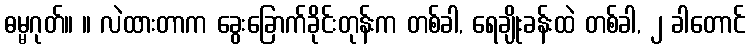
ဓမ္မဂုတ်။ ။ လဲထားတာက ခွေးခြောက်ခိုင်းတုန်းက တစ်ခါ, ရေချိုးခန်းထဲ တစ်ခါ, ၂ ခါတောင်